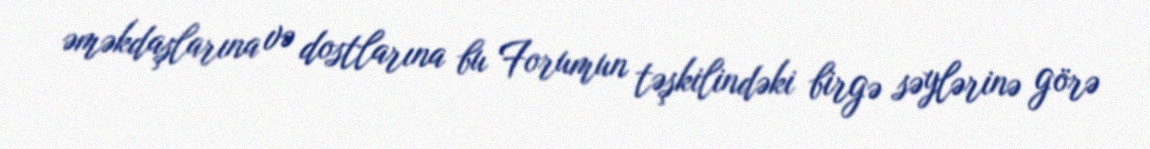
əməkdaşlarına və dostlarına bu Forumun təşkilindəki birgə səylərinə görə